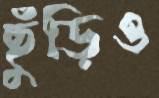
ছুঁড়িও